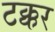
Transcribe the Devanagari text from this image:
टक्कर